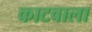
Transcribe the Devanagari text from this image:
काटवाला